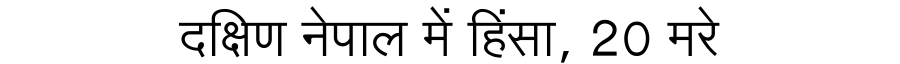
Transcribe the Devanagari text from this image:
दक्षिण नेपाल में हिंसा, 20 मरे